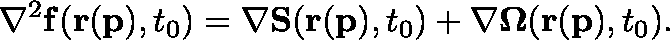
\mathbf { \nabla } ^ { 2 } \mathbf { f } ( \mathbf { r } ( \mathbf { p } ) , t _ { 0 } ) = \mathbf { \nabla } \mathbf { S } ( \mathbf { r } ( \mathbf { p } ) , t _ { 0 } ) + \mathbf { \nabla } \mathbf { \Omega } ( \mathbf { r } ( \mathbf { p } ) , t _ { 0 } ) .